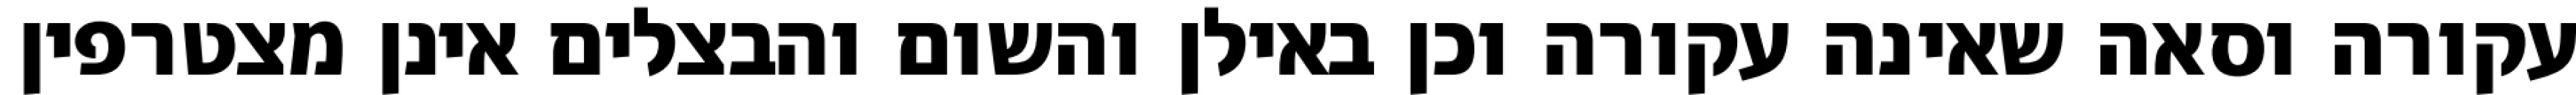
עקורה וסאה שאינה עקורה וכן באילן והשום והבצלים אינן מצטרפין